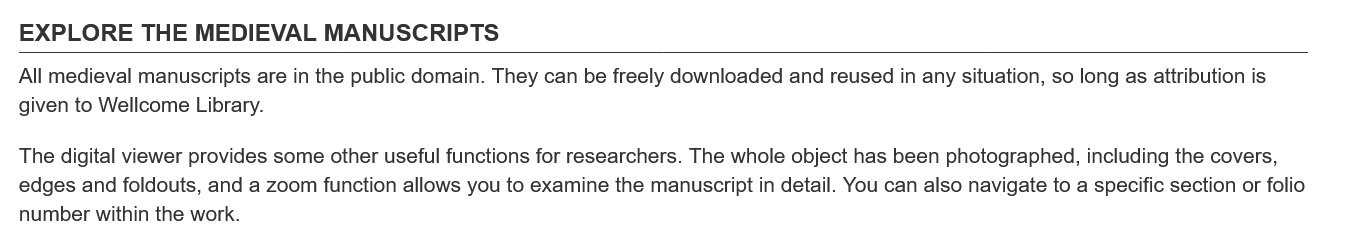
EXPLORE    THE  MEDIEVAL    MANUSCRIPTS
  All medieval manuscripts are in the public domain. They can be freely downloaded and reused in any situation, so long as attribution is
  given to Wellcome Library.
  The digital viewer provides some other useful functions for researchers. The whole object has been photographed, including the covers,
  edges and foldouts, and a zoom function allows you to examine the manuscript in detail. You can also navigate to a specific section or folio
  number within the work.